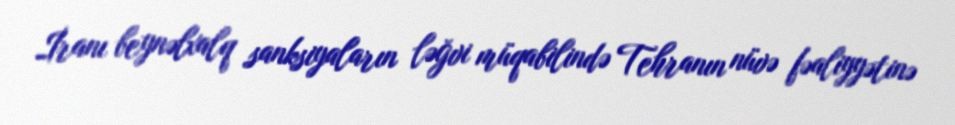
İranı beynəlxalq sanksiyaların ləğvi müqabilində Tehranın nüvə fəaliyyətinə